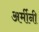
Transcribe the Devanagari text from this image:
अर्मीनी